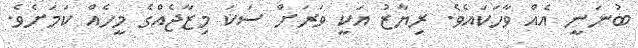
ބުނަނީ އެއް ވާހަކައެވެ. ރިޔާޒު އަކީ ވަރަށް ސަކަ މިޒާޖެއްގެ މީހެއް ކަމަށެވެ.